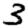
Digit: 3